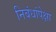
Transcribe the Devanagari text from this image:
निबंधांपेक्षा